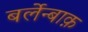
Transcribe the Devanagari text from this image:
बर्लेन्बाक़